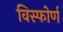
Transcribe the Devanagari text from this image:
विस्फोर्ण